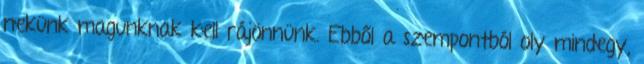
nekünk magunknak kell rájönnünk. Ebből a szempontból oly mindegy,